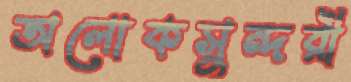
অলোকসুন্দরী